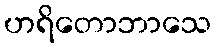
ဟရိတောဘာသေ